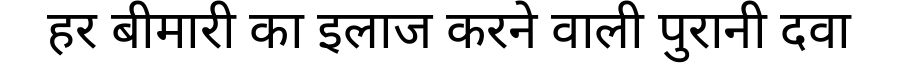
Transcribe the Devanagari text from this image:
हर बीमारी का इलाज करने वाली पुरानी दवा